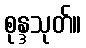
စုန္ဒသုတ်။